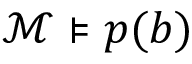
{ \mathcal { M } } \models p ( { \boldsymbol { b } } )